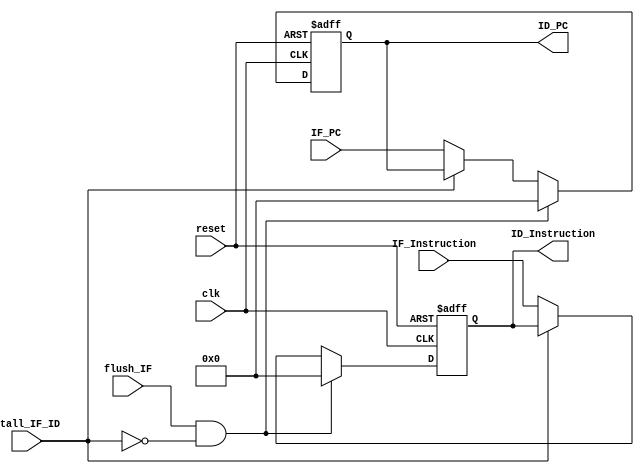
// ./src/IF_ID_Reg.v

module IF_ID_Reg(
        input reset,
        input clk,
        input flush_IF,
        input stall_IF_ID,
        input [32-1:0] IF_PC,
        input [32-1:0] IF_Instruction,
        output reg [32-1:0] ID_PC,
        output reg [32-1:0] ID_Instruction
    );

    always @(posedge clk or posedge reset) begin
        if (reset) begin
            ID_PC <= 32'b0;
            ID_Instruction <= 32'b0;
        end
        else begin
            if (flush_IF && !stall_IF_ID) begin
                ID_PC <= 32'b0;
                ID_Instruction <= 32'b0;
            end
            else if (stall_IF_ID) begin
                ID_PC <= ID_PC;
                ID_Instruction <= ID_Instruction;
            end
            else begin
                ID_PC <= IF_PC;
                ID_Instruction <= IF_Instruction;
            end
        end
    end

endmodule // IF_ID_Reg